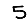
Digit: 5